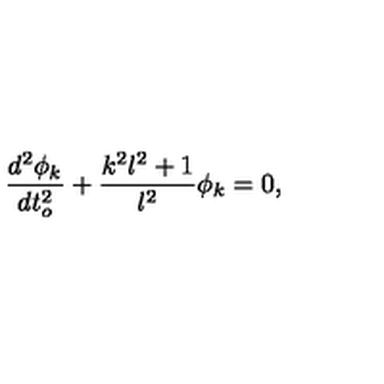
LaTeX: \frac { d ^ { 2 } \phi _ { k } } { d t _ { o } ^ { 2 } } + \frac { k ^ { 2 } l ^ { 2 } + 1 } { l ^ { 2 } } \phi _ { k } = 0 ,